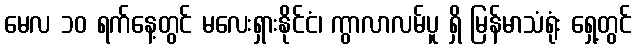
မေလ ၁၀ ရက်နေ့တွင် မလေးရှားနိုင်ငံ၊ ကွာလာလမ်ပူ ရှိ မြန်မာသံရုံး ရှေ့တွင်